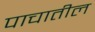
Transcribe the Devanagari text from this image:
पाचातील